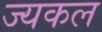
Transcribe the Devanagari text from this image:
ज्यकल